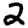
Digit: 2